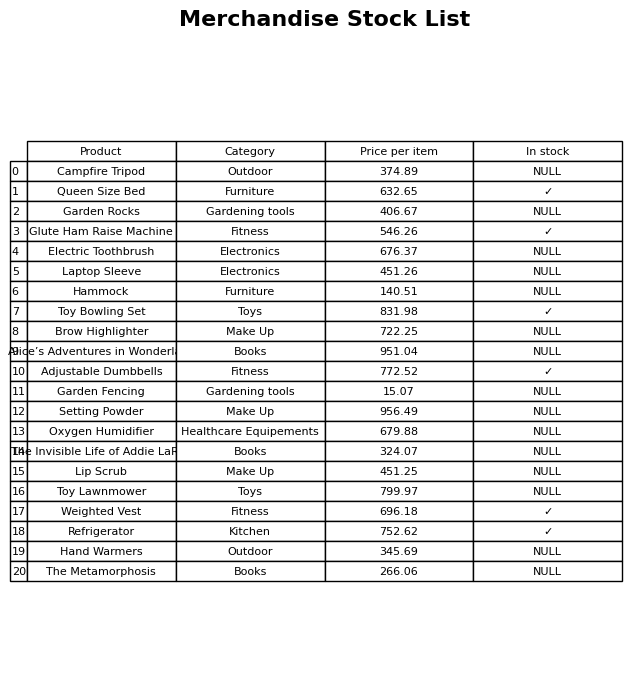
question: What is the price of the Toy Lawnmower?
answer: The price of Toy Lawnmower is 799.97.